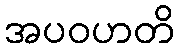
အပဝဟတိ